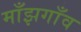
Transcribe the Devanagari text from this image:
माँझगाँव